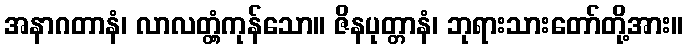
အနာဂတာနံ၊ လာလတ္တံ့ကုန်သော။ ဇိနပုတ္တာနံ၊ ဘုရားသားတော်တို့အား။